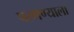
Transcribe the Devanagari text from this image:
परगण्याला